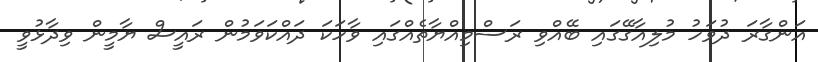
އަންގާރަ ދުވަހު މުލިއާގޭގައި ބޭއްވި ރަސްމިއްޔާތެއްގައި ވާހަކަ ދައްކަވަމުން ރައީސް ޔާމީން ވިދާޅުވީ